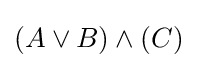
(A\lor B)\land (C)